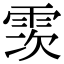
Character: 䨏